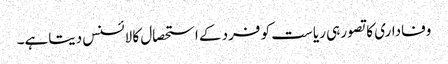
وفاداری کا تصور ہی ریاست کو فرد کے استحصال کا لائسنس دیتاہے۔